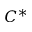
C ^ { * }